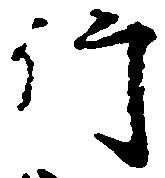
行